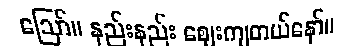
ဪ။ နည်းနည်း ဈေးကျတယ်နော်။